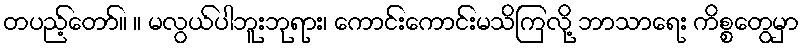
တပည့်တော်။ ။ မလွယ်ပါဘူးဘုရား၊ ကောင်းကောင်းမသိကြလို့ ဘာသာရေး ကိစ္စတွေမှာ